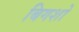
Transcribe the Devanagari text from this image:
बिगशो